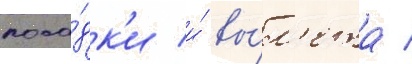
поса́дк'и и́ вы́л'ета /